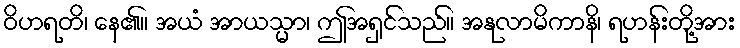
ဝိဟရတိ၊ နေ၏။ အယံ အာယသ္မာ၊ ဤအရှင်သည်။ အနုလာမိကာနိ၊ ရဟန်းတို့အား